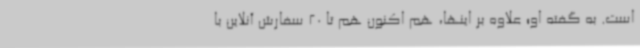
است. به گفته او؛ علاوه بر اینها، هم اکنون هم تا 20 سفارش آنلاین با